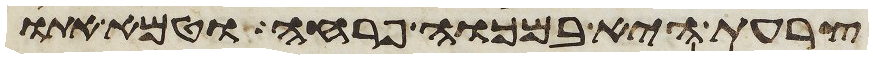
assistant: צרעת היא במכוה פרחה וטמא אתו